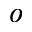
^ { o }